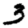
Digit: 3